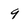
Character: 9